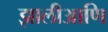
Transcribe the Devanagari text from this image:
झालीआणि